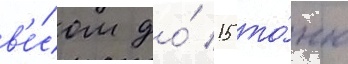
в'е́сом до́ 15 то́нн